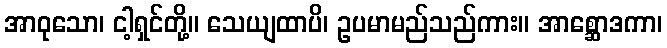
အာဝုသော၊ ငါ့ရှင်တို့။ သေယျထာပိ၊ ဥပမာမည်သည်ကား။ အာစ္ဆောဒကာ၊